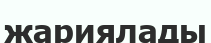
жариялады